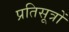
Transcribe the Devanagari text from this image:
प्रतिसूत्रों